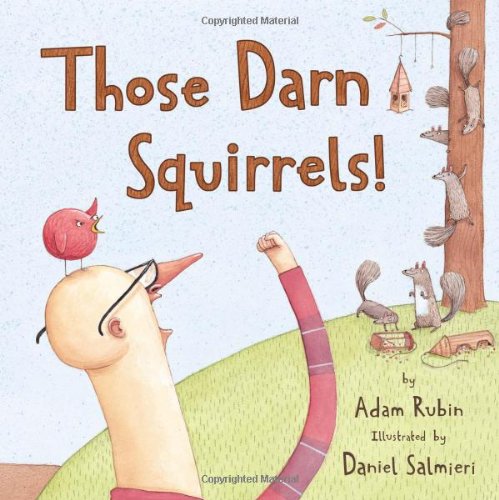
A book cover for Those Darn Squirrels!; Adam Rubin; Children's Books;